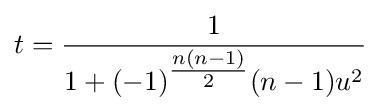
t={\frac {1}{1+(-1)^{\tfrac {n(n-1)}{2}}(n-1)u^{2}}}